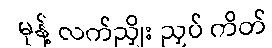
မုန့် လက်ညှိုး ညှပ် ကိတ်